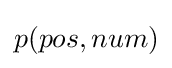
p(pos,num)